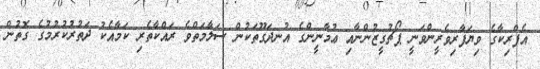
އެފްރިކާގެ ވިޔަފާރިވެރީންވަނީ ޕޯޗުގީޒުންނާއި ޢުމާނީންގެ އުނދަގޫތަކުން ސަލާމަތްވެ ރައްކާާތެރި ކަމާއެކު ދަތުރުކުރުމުގެ ގޮތުން